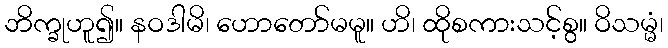
ဘိက္ခုဟူ၍။ နဝဒါမိ၊ ဟောတော်မမူ။ ဟိ၊ ထိုစကားသင့်စွ။ ဝိသမ္မံ၊